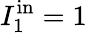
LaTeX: I_{1}^{\mathrm{in}}=1